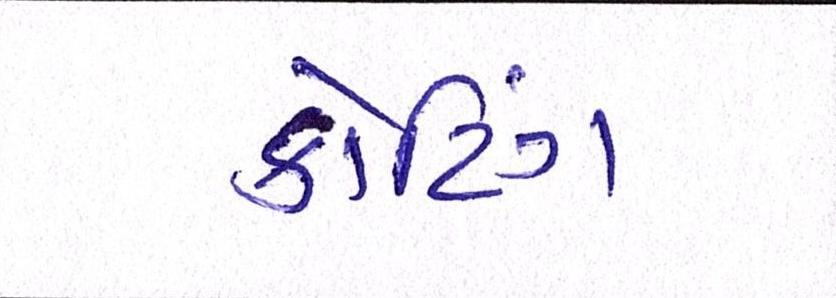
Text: કોટિંગ